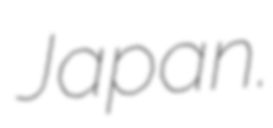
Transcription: Japan.